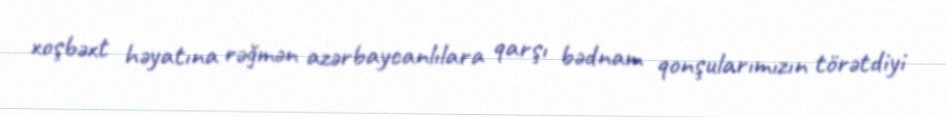
xoşbəxt həyatına rəğmən azərbaycanlılara qarşı bədnam qonşularımızın törətdiyi